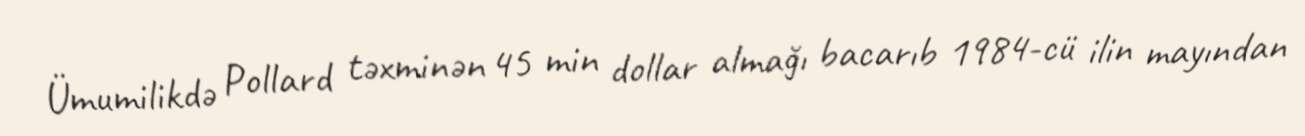
Ümumilikdə Pollard təxminən 45 min dollar almağı bacarıb 1984-cü ilin mayından